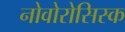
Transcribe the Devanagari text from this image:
नोवोरोसिस्क